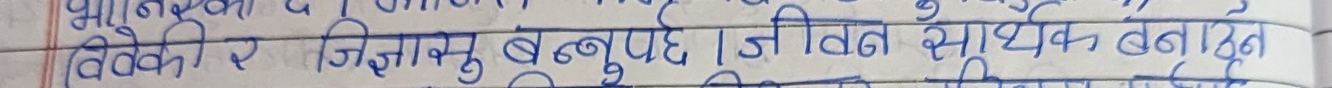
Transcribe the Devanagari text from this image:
विवेक र जिज्ञासु बन्नुपर्छ। जीवन सार्थक बनाउन